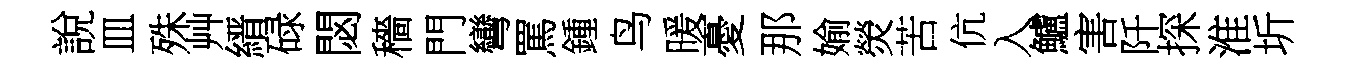
說皿殊艸縉碌閟穡門彎罵鍾鸟暖憂那媮熒苦伉入鱸害阡探淮圻